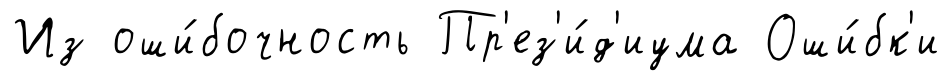
Из оши́бочность Пр'ез'и́д'иума Оши́бк'и